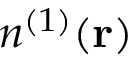
n ^ { ( 1 ) } ( { \mathbf r } )